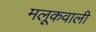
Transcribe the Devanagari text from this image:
मलूकवाली